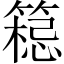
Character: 𱸟